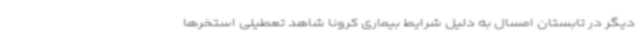
دیگر در تابستان امسال به دلیل شرایط بیماری کرونا شاهد تعطیلی استخرها